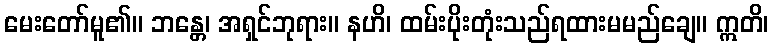
မေးတော်မူ၏။ ဘန္တေ၊ အရှင်ဘုရား။ နဟိ၊ ထမ်းပိုးတုံးသည်ရထားမမည်ချေ။ ဣတိ၊